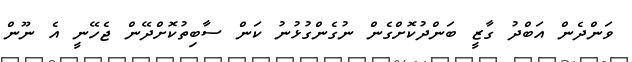
ވަންދެން އަބްދު ގާޒީ ބަންދުކޮށްގެން ނުގެންގުޅުނު ކަން ސާބިތުކޮށްދޭން ޖެހޭނީ އެ ނޫން